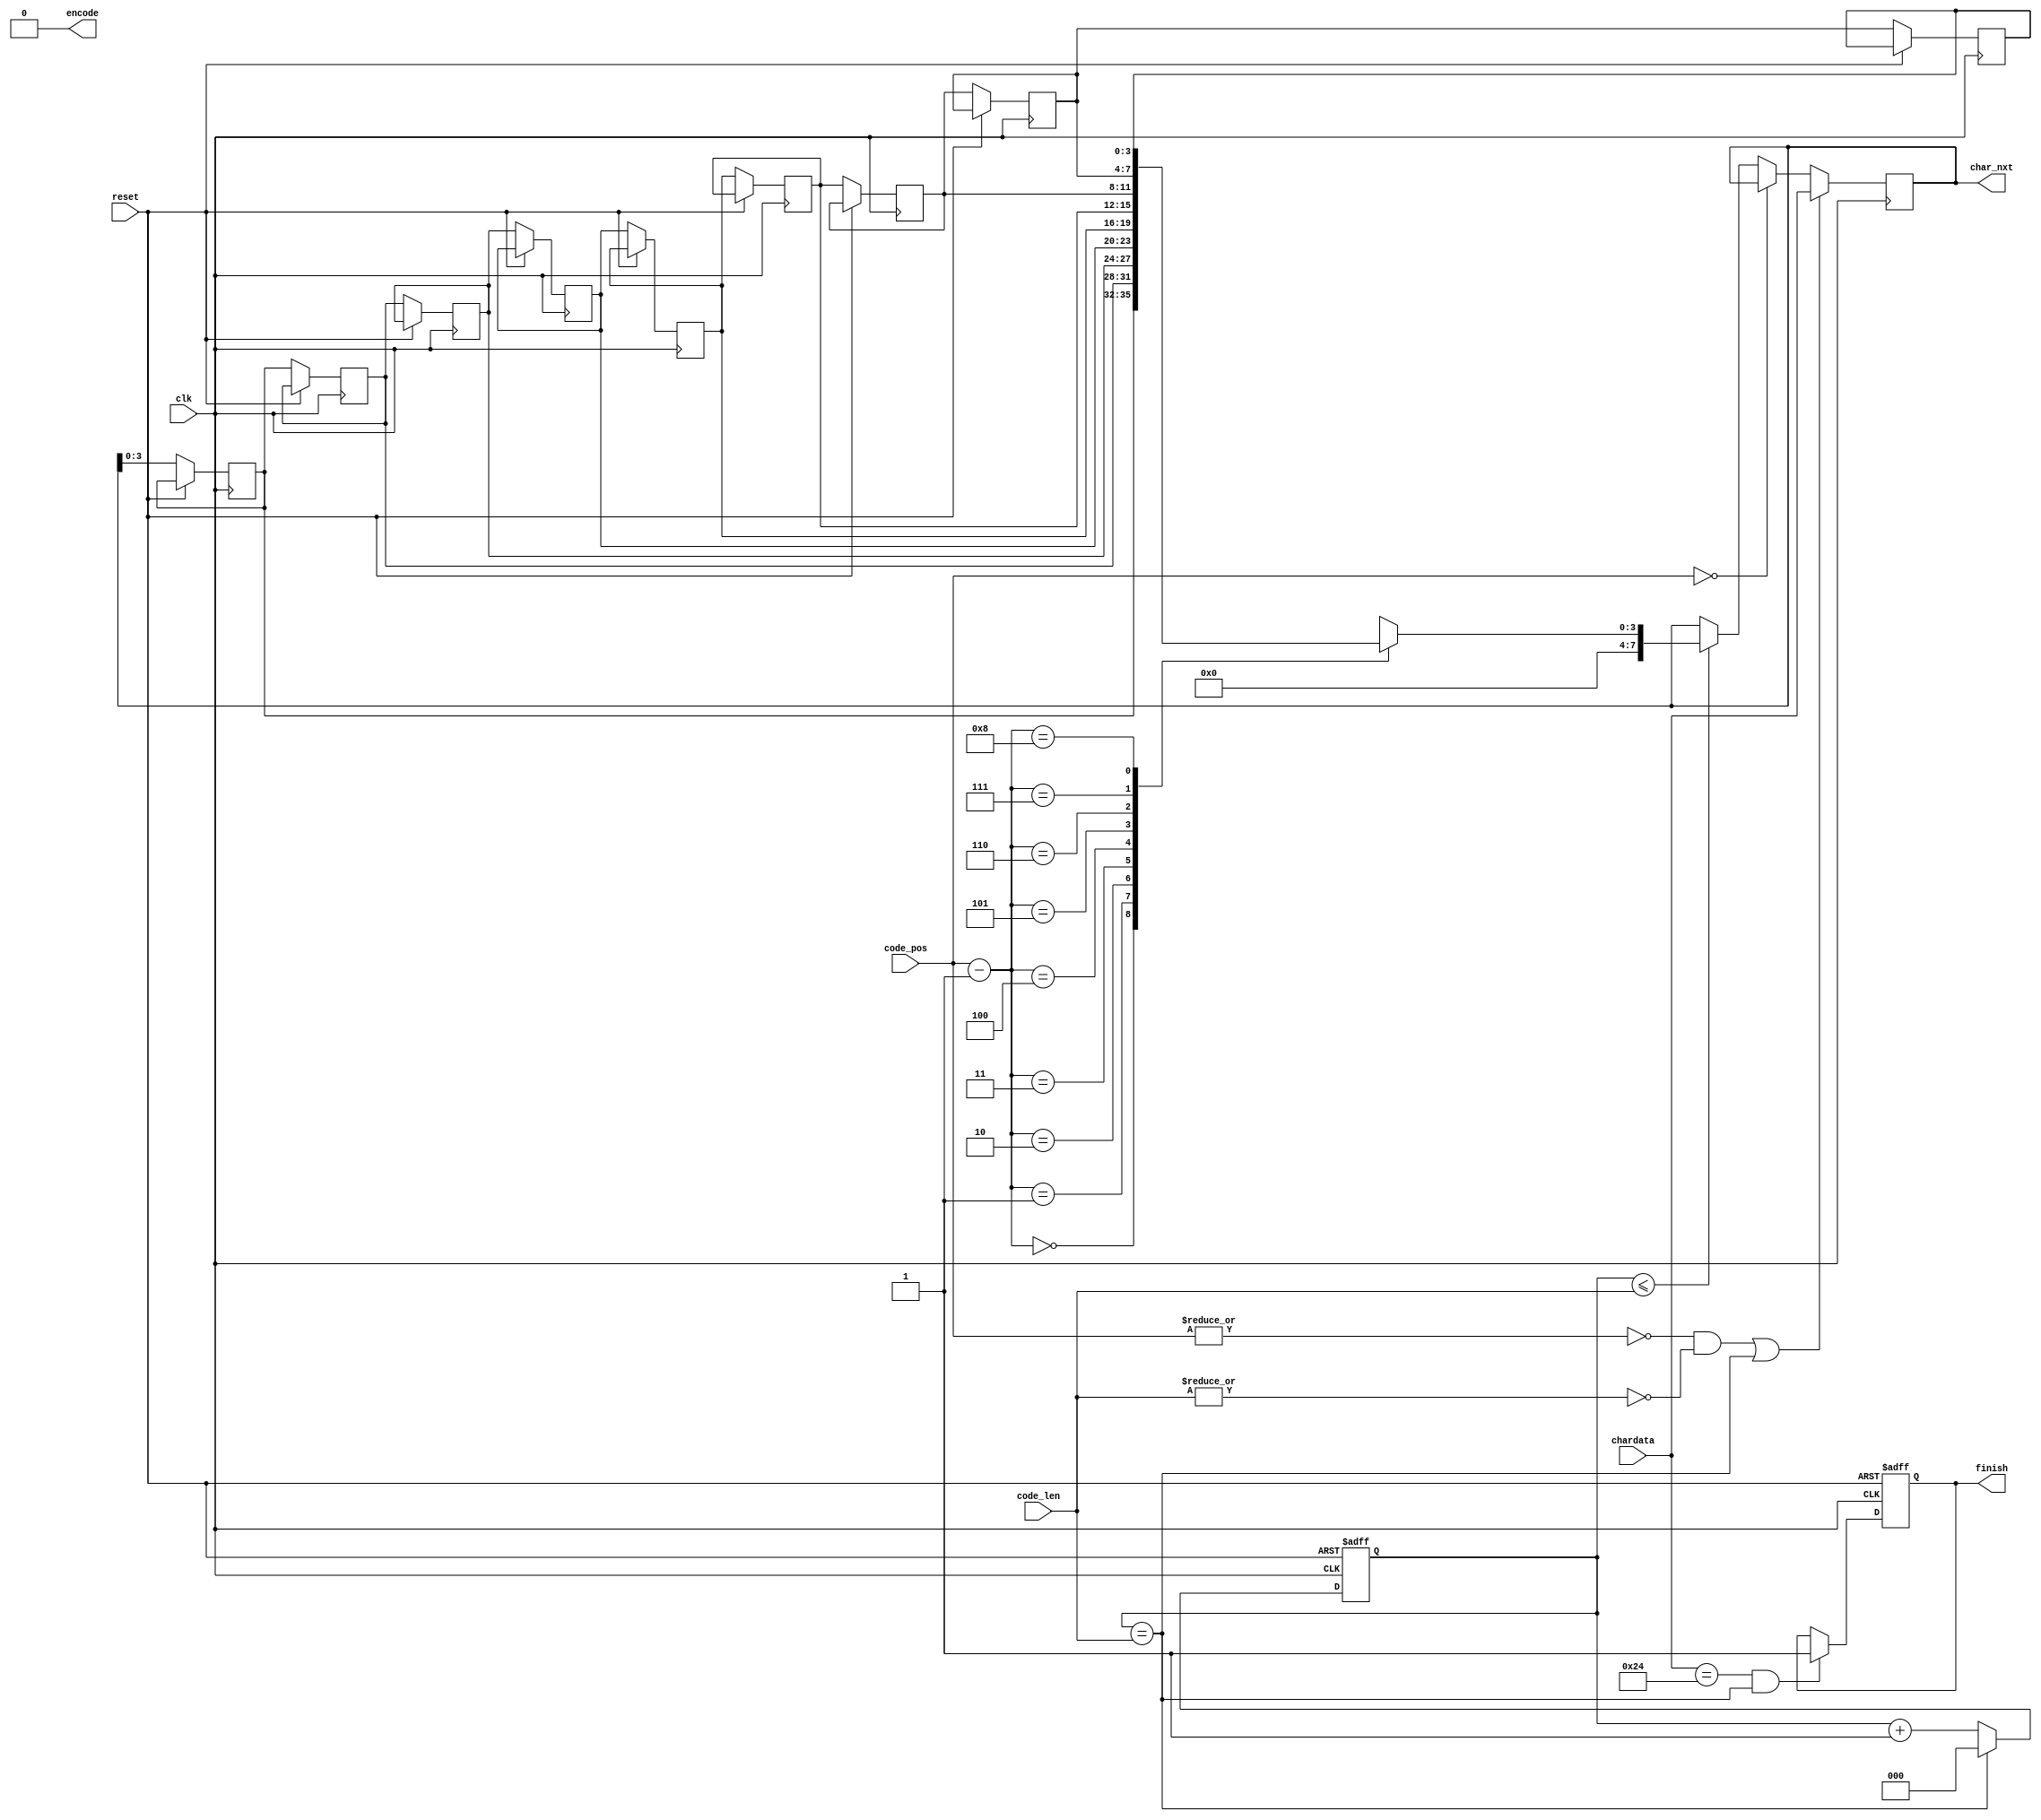
module LZ77_Decoder(clk,reset,code_pos,code_len,chardata,encode,finish,char_nxt);

input 				clk;
input 				reset;
input 		[3:0] 	code_pos;
input 		[2:0] 	code_len;
input 		[7:0] 	chardata;

output	 			encode;
output reg 			finish;
output reg	[7:0] 	char_nxt;

reg			[3:0]	S_B [8:0];
reg			[2:0]		timer;

assign 	encode = 1'b0;
integer j;


always @(posedge clk or posedge reset) 
begin
	if (reset) 
	begin
		timer <= 3'd0;	
	end

	else if (timer==code_len)
	begin
		timer <= 3'd0;
	end

	else
	begin
		timer <= timer + 3'd1;
	end
end

always @(posedge clk or posedge reset)
begin
	if(reset) 
	begin	
	end

	else 
	begin
		for(j=0; j<8; j=j+1)
		begin
			S_B[j+1] <= S_B[j];			
		end
		S_B[0] <= char_nxt[3:0];
	end
end

always @(posedge clk)
begin
	if ((!(|code_pos) && !(|code_len)) || timer==code_len)
	begin
		char_nxt <= chardata;
	end

	else if(!code_pos)
	begin
		char_nxt <= char_nxt;
	end

	else if(timer<=code_len)
	begin
		char_nxt <= S_B[code_pos - 1'b1];
	end

	else 
	begin
		char_nxt <= char_nxt;
	end
end

always @(posedge clk or posedge reset)
begin
	if (reset) 
	begin
		finish <= 1'b0;
	end

	else if (chardata==8'h24 && timer==code_len)
	begin
		finish <= 1'b1;
	end

	else 
	begin
		finish <= finish;
	end
end

endmodule